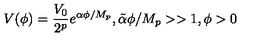
V ( \phi ) = { \frac { V _ { 0 } } { 2 ^ { p } } } e ^ { { \alpha } \phi / M _ { p } } , \tilde { \alpha } \phi / M _ { p } > > 1 , \phi > 0